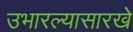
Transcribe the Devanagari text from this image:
उभारल्यासारखे